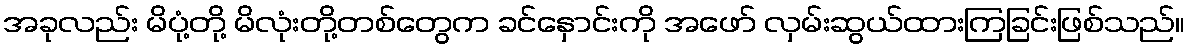
အခုလည်း မိပုံ့တို့ မိလုံးတို့တစ်တွေက ခင်နှောင်းကို အဖော် လှမ်းဆွယ်ထားကြခြင်းဖြစ်သည်။